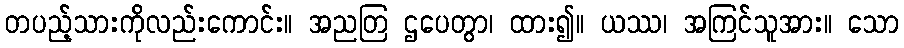
တပည့်သားကိုလည်းကောင်း။ အညတြ ဌပေတွာ၊ ထား၍။ ယဿ၊ အကြင်သူအား။ သော